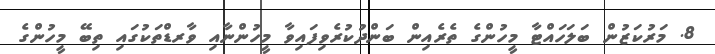
8. މަރުކަޒުން ބަލަހައްޓާ މީހުންގެ ތެރެއިން ބަންދުކުރެވިފައިވާ މީހުންނާއި ވާރޑްތަކުގައި ތިބޭ މީހުންގެ